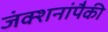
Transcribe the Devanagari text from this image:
जंक्शनांपैकी